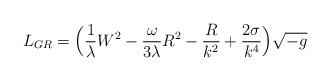
LaTeX: \begin{align*}L_{GR} = \Big(\frac{1}{\lambda} W^2 - \frac{\omega}{3\lambda} R^2- \frac{R}{k^2} + \frac{2 \sigma}{k^4} \Big) \sqrt{-g}\end{align*}